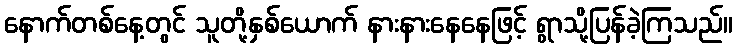
နောက်တစ်နေ့တွင် သူတို့နှစ်ယောက် နားနားနေနေဖြင့် ရွာသို့ပြန်ခဲ့ကြသည်။